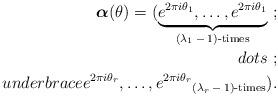
LaTeX: \begin{align*}\boldsymbol \alpha (\theta) =(\underbrace{e^{2\pi i \theta _1}, \dots ,e^{2\pi i \theta _1}}_{\mbox{\scriptsize $(\lambda _1-1)$-times}}\ ;\\dots \ ;\\underbrace{e^{2\pi i \theta _r}, \dots ,e^{2\pi i \theta _r}}_{\mbox{\scriptsize $(\lambda _r-1)$-times}}).\end{align*}